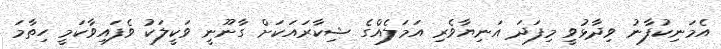
އެމަނިކުފާނު ވިދާޅުވީ މިފަދަ އަނިޔާވެރި އަމަލެއްގެ ޝިކާރައަކަށް ގާނޫނީ ވަކީލަކު ވެފައިވާކަމީ ހިތާމަ